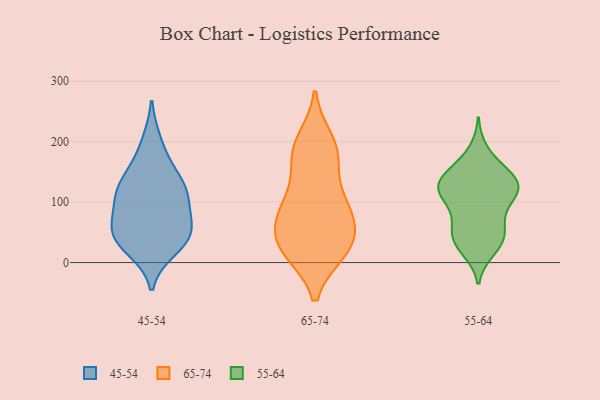
{"axis": {"x": "Waste Production (Tons)", "y": "Value"}, "legend": ["45-54", "55-64", "65-74"], "data": [{"x": "", "y": 160, "type": "45-54"}, {"x": "", "y": 124, "type": "45-54"}, {"x": "", "y": 49, "type": "45-54"}, {"x": "", "y": 47, "type": "45-54"}, {"x": "", "y": 44, "type": "45-54"}, {"x": "", "y": 34, "type": "45-54"}, {"x": "", "y": 199, "type": "45-54"}, {"x": "", "y": 23, "type": "45-54"}, {"x": "", "y": 85, "type": "45-54"}, {"x": "", "y": 127, "type": "45-54"}, {"x": "", "y": 70, "type": "45-54"}, {"x": "", "y": 111, "type": "45-54"}, {"x": "", "y": 119, "type": "45-54"}, {"x": "", "y": 179, "type": "65-74"}, {"x": "", "y": 23, "type": "65-74"}, {"x": "", "y": 26, "type": "65-74"}, {"x": "", "y": 101, "type": "65-74"}, {"x": "", "y": 93, "type": "65-74"}, {"x": "", "y": 200, "type": "65-74"}, {"x": "", "y": 173, "type": "65-74"}, {"x": "", "y": 93, "type": "65-74"}, {"x": "", "y": 20, "type": "65-74"}, {"x": "", "y": 182, "type": "65-74"}, {"x": "", "y": 39, "type": "65-74"}, {"x": "", "y": 24, "type": "65-74"}, {"x": "", "y": 83, "type": "65-74"}, {"x": "", "y": 61, "type": "65-74"}, {"x": "", "y": 125, "type": "55-64"}, {"x": "", "y": 21, "type": "55-64"}, {"x": "", "y": 37, "type": "55-64"}, {"x": "", "y": 114, "type": "55-64"}, {"x": "", "y": 159, "type": "55-64"}, {"x": "", "y": 62, "type": "55-64"}, {"x": "", "y": 140, "type": "55-64"}, {"x": "", "y": 101, "type": "55-64"}, {"x": "", "y": 91, "type": "55-64"}, {"x": "", "y": 62, "type": "55-64"}, {"x": "", "y": 184, "type": "55-64"}, {"x": "", "y": 136, "type": "55-64"}, {"x": "", "y": 132, "type": "55-64"}, {"x": "", "y": 45, "type": "55-64"}, {"x": "", "y": 115, "type": "55-64"}, {"x": "", "y": 43, "type": "55-64"}, {"x": "", "y": 121, "type": "55-64"}, {"x": "", "y": 148, "type": "55-64"}, {"x": "", "y": 123, "type": "55-64"}, {"x": "", "y": 27, "type": "55-64"}]}